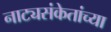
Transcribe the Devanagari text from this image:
नाट्यसंकेतांच्या